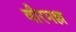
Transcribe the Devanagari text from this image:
वीरमल्ल